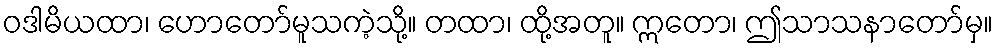
ဝဒါမိယထာ၊ ဟောတော်မူသကဲ့သို့။ တထာ၊ ထို့အတူ။ ဣတော၊ ဤသာသနာတော်မှ။